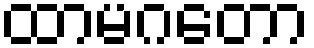
ထာမဂတော